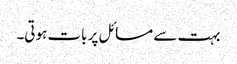
بہت سے مسائل پر بات ہوتی۔